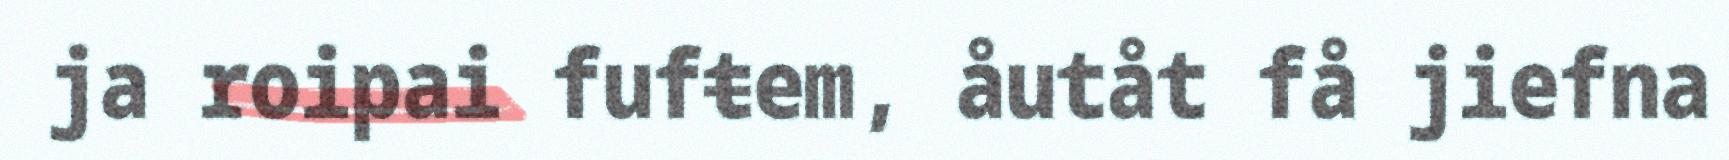
ja roipai fufŧem, åutåt få jiefna